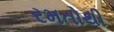
રમતોથી